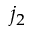
j _ { 2 }